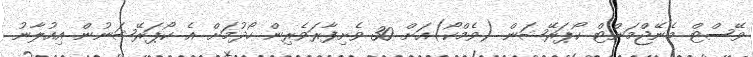
ވޭސްޓް މެނޭޖްމަންޓް ކޯޕަރޭޝަން (ވެމްކޯ)އަށް 30 ވެށިފާރަވެރިން ހޯދުމަށް އެ ކޯޕަރޭޝަނުން އިއުލާނު